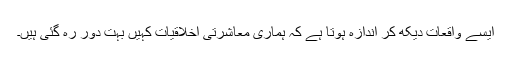
ایسے واقعات دیکھ کر اندازہ ہوتا ہے کہ ہماری معاشرتی اخلاقیات کہیں بہت دور رہ گئی ہیں۔